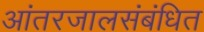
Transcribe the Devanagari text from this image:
आंतरजालसंबंधित